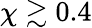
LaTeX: \chi\gtrsim 0.4